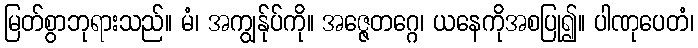
မြတ်စွာဘုရားသည်။ မံ၊ အကျွန်ုပ်ကို။ အဇ္ဇေတဂ္ဂေ၊ ယနေကိုအစပြု၍။ ပါဏုပေတံ၊